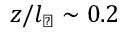
z / l _ { \perp } \sim 0 . 2